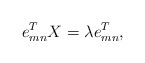
\begin{align*}e_{mn}^T X=\lambda e_{mn}^T,\end{align*}